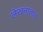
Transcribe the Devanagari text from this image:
लेखनालाच